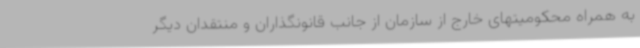
به همراه محکومیتهای خارج از سازمان از جانب قانونگذاران و منتقدان دیگر